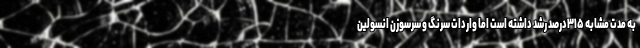
به مدت مشابه ۳۱۵درصد رشد داشته است اما واردات سرنگ و سرسوزن انسولین